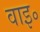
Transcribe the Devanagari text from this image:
वाइ॰